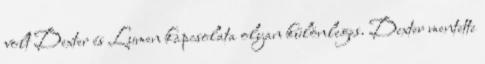
volt Dexter és Lumen kapcsolata olyan különleges. Dexter mentette